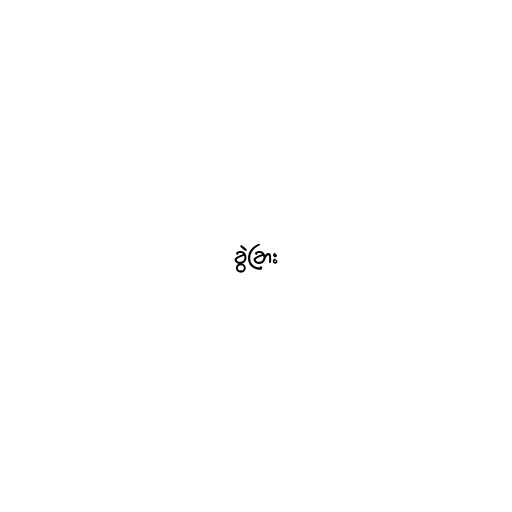
ခွဲခြား